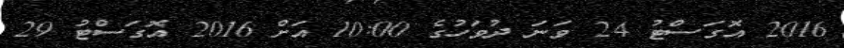
2016 އޮގަސްޓު 24 ވަނަ ދުވަހުގެ 10:00 އަށް 2016 އޮގަސްޓު 29